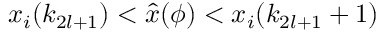
x _ { i } ( k _ { 2 l + 1 } ) < \hat { x } ( \phi ) < x _ { i } ( k _ { 2 l + 1 } + 1 )